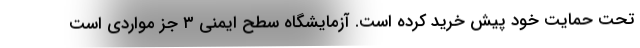
تحت حمایت خود پیش خرید کرده است. آزمایشگاه سطح ایمنی ۳ جز مواردی است